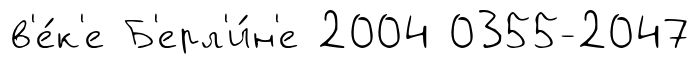
в'е́к'е Б'ерл'и́н'е 2004 0355-2047